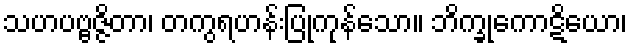
သဟပဗ္ဗဇ္ဇိတာ၊ တကွရဟန်းပြုကုန်သော။ ဘိက္ခုကောဋိယော၊